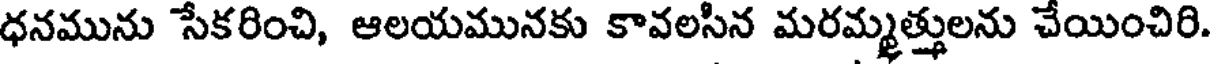
ధనమును సేకరించి, ఆలయమునకు కావలసిన మరమ్మత్తులను చేయించిరి